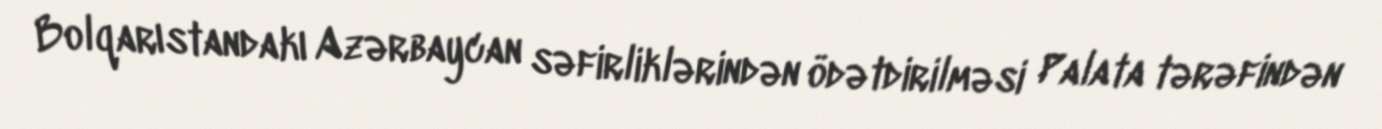
Bolqarıstandakı Azərbaycan səfirliklərindən ödətdirilməsi Palata tərəfindən